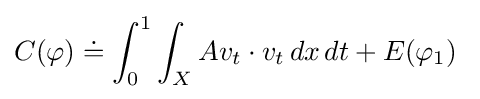
C(\varphi )\doteq \int _{0}^{1}\int _{X}Av_{t}\cdot v_{t}\,dx\,dt+E(\varphi _{1})\